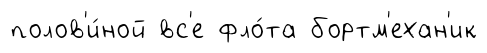
полов'и́ной вс'е фло́та бортм'ехан'ик